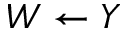
W \leftarrow Y